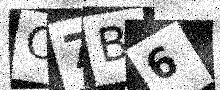
Text: O7B6